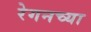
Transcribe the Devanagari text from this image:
रेगनच्या